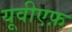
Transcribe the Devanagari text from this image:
यूवीएफ़